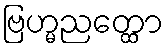
ဗြဟ္မညတ္ထော